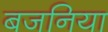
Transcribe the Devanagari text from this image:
बजनिया